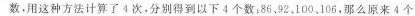
数，用这种方法计算了4次，分别得到以下4个数：86、92、100、106，那么原来4个